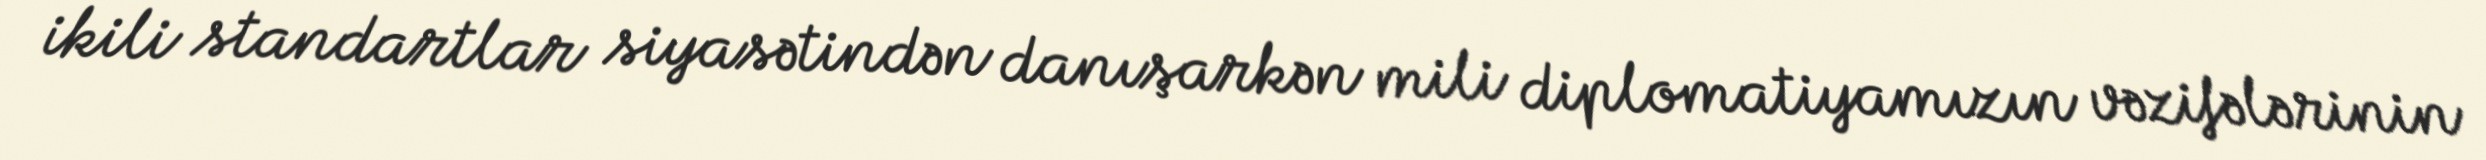
ikili standartlar siyasətindən danışarkən mili diplomatiyamızın vəzifələrinin